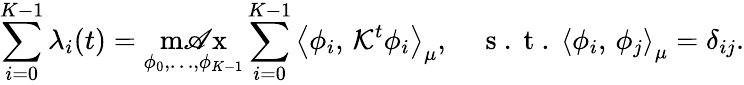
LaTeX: \sum_{i=0}^{K-1}\lambda_{i}(t)=\operatorname*{m\mathscr{A}x}_{\phi_{0},\ldots,\phi_{K-1}}\sum_{i=0}^{K-1}\left\langle\phi_{i},\, \mathcal{{K}}^{t}\phi_{i}\right\rangle_{\mu},\quad\mathrm{{~s~.~t~.~}}\left\langle\phi_{i},\, \phi_{j}\right\rangle_{\mu}=\delta_{ij}.